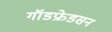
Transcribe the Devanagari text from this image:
गॉडफ्रेडसन